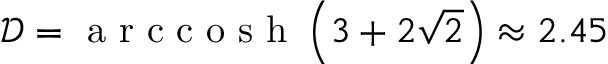
\mathscr { D } = \textnormal { a r c c o s h } \left( 3 + 2 \sqrt { 2 } \right) \approx 2 . 4 5